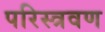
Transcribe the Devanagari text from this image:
परिस्त्रवण